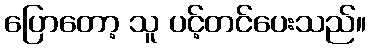
ပြောတော့ သူ ပင့်တင်ပေးသည်။